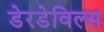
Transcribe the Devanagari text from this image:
डेरडेविल्स